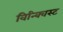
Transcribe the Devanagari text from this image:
विन्क्विस्ट